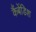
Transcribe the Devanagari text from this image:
कैंबेंडिश